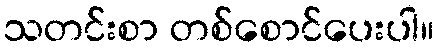
သတင်းစာ တစ်စောင်ပေးပါ။